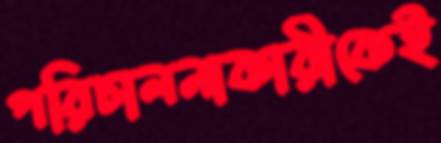
পরিচালনাকারীকেই